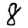
Digit: 8